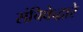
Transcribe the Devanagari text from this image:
संचिकेद्वारे